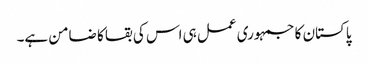
پاکستان کا جمہوری عمل ہی اس کی بقا کا ضامن ہے۔